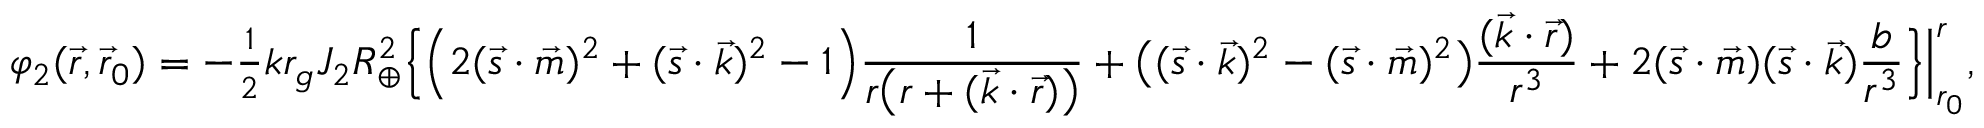
\varphi _ { 2 } ( \vec { r } , \vec { r } _ { 0 } ) = - { \textstyle \frac { 1 } { 2 } } k r _ { g } J _ { 2 } R _ { \oplus } ^ { 2 } \Big \{ \Big ( 2 ( { \vec { s } } \cdot { \vec { m } } ) ^ { 2 } + ( { \vec { s } } \cdot { \vec { k } } ) ^ { 2 } - 1 \Big ) \frac { 1 } { r \big ( r + ( { \vec { k } } \cdot { \vec { r } } ) \big ) } + \big ( ( { \vec { s } } \cdot { \vec { k } } ) ^ { 2 } - ( { \vec { s } } \cdot { \vec { m } } ) ^ { 2 } \big ) \frac { ( \vec { k } \cdot \vec { r } ) } { r ^ { 3 } } + 2 ( { \vec { s } } \cdot { \vec { m } } ) ( { \vec { s } } \cdot { \vec { k } } ) \frac { b } { r ^ { 3 } } \Big \} \Big | _ { r _ { 0 } } ^ { r } ,